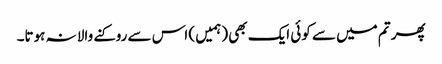
پھر تم میں سے کوئی ایک بھی (ہمیں ) اس سے روکنے والا نہ ہوتا۔